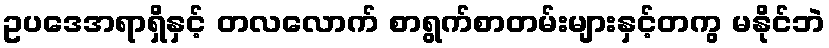
ဥပဒေအရာရှိနှင့် တလလောက် စာရွက်စာတမ်းများနှင့်တကွ မနိုင်ဘဲ